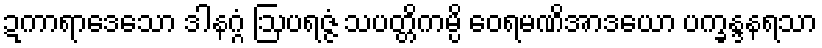
ဍကာရာဒေသော ဒါနဂ္ဂံ ဩပရဇ္ဇံ သပတ္တိကမ္ပိ ဝေရမဏိအာဒယော ပက္ခန္ဒနရသာ